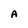
Character: A